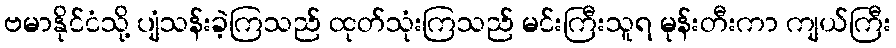
ဗမာနိုင်ငံသို့ ပျံသန်းခဲ့ကြသည် ထုတ်သုံးကြသည် မင်းကြီးသူရ မုန်းတီးကာ ကျယ်ကြီး